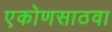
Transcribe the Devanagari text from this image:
एकोणसाठवा